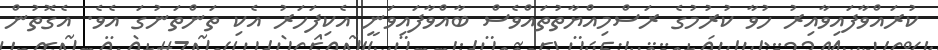
ކުރައްވާފައިވާއިރު ހުވާ ކުރުމުގެ ރަސްމިއްޔާތުތައްވެސް ބާއްވާފައިވަނީ އެކިފަހަރު އެކި ތަންތަނުގަ އެވެ. އެގޮތުން